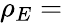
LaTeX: \rho_{E}=